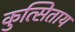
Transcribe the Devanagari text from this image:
कुत्सिताय